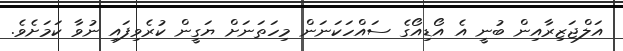
އަލްޖަޒިރާއިން ބުނީ އެ އޯޑިއޯގެ ސައްހަކަނަން މިހަތަނަށް ޔަގީން ކުރެވިފައި ނުވާ ކަމަށެވެ.